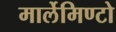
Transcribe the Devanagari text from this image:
मार्लेमिण्टो